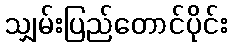
သျှမ်းပြည်တောင်ပိုင်း